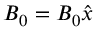
\boldsymbol { B } _ { 0 } = B _ { 0 } \boldsymbol { \hat { x } }